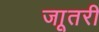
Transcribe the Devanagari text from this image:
जाूतरी